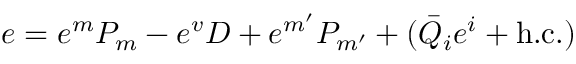
e = e ^ { m } P _ { m } - e ^ { v } D + e ^ { m ^ { \prime } } P _ { m ^ { \prime } } + ( \bar { Q } _ { i } e ^ { i } + \mathrm { h . c . } ) \,